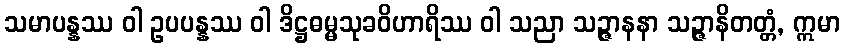
သမာပန္နဿ ဝါ ဥပပန္နဿ ဝါ ဒိဋ္ဌဓမ္မသုခဝိဟာရိဿ ဝါ သညာ သဉ္ဇာနနာ သဉ္ဇာနိတတ္တံ, ဣမာ